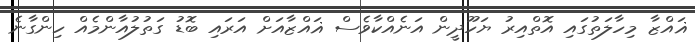
ޣައްޒާ މިހާލަތުގައި އޮތްއިރު ޔަހޫދީން އަނެއްކާވެސް ޣައްޒާއަށް އަރައި ބޮޑު ގަތުލުއާންމެއް ހިންގާނެ